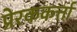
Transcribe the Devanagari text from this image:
प्रेरककर्त्ता